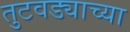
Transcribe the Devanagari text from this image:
तुटवड्याच्या